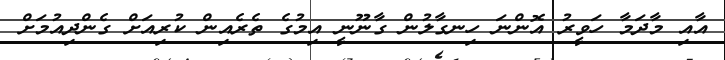
އާއި މާދަމާ ހަވީރު އޮންނަ ހިނގާލުން ގާނޫނީ އިމުގެ ތެރެއިން ކުރިއަށް ގެންދިއުމަށް